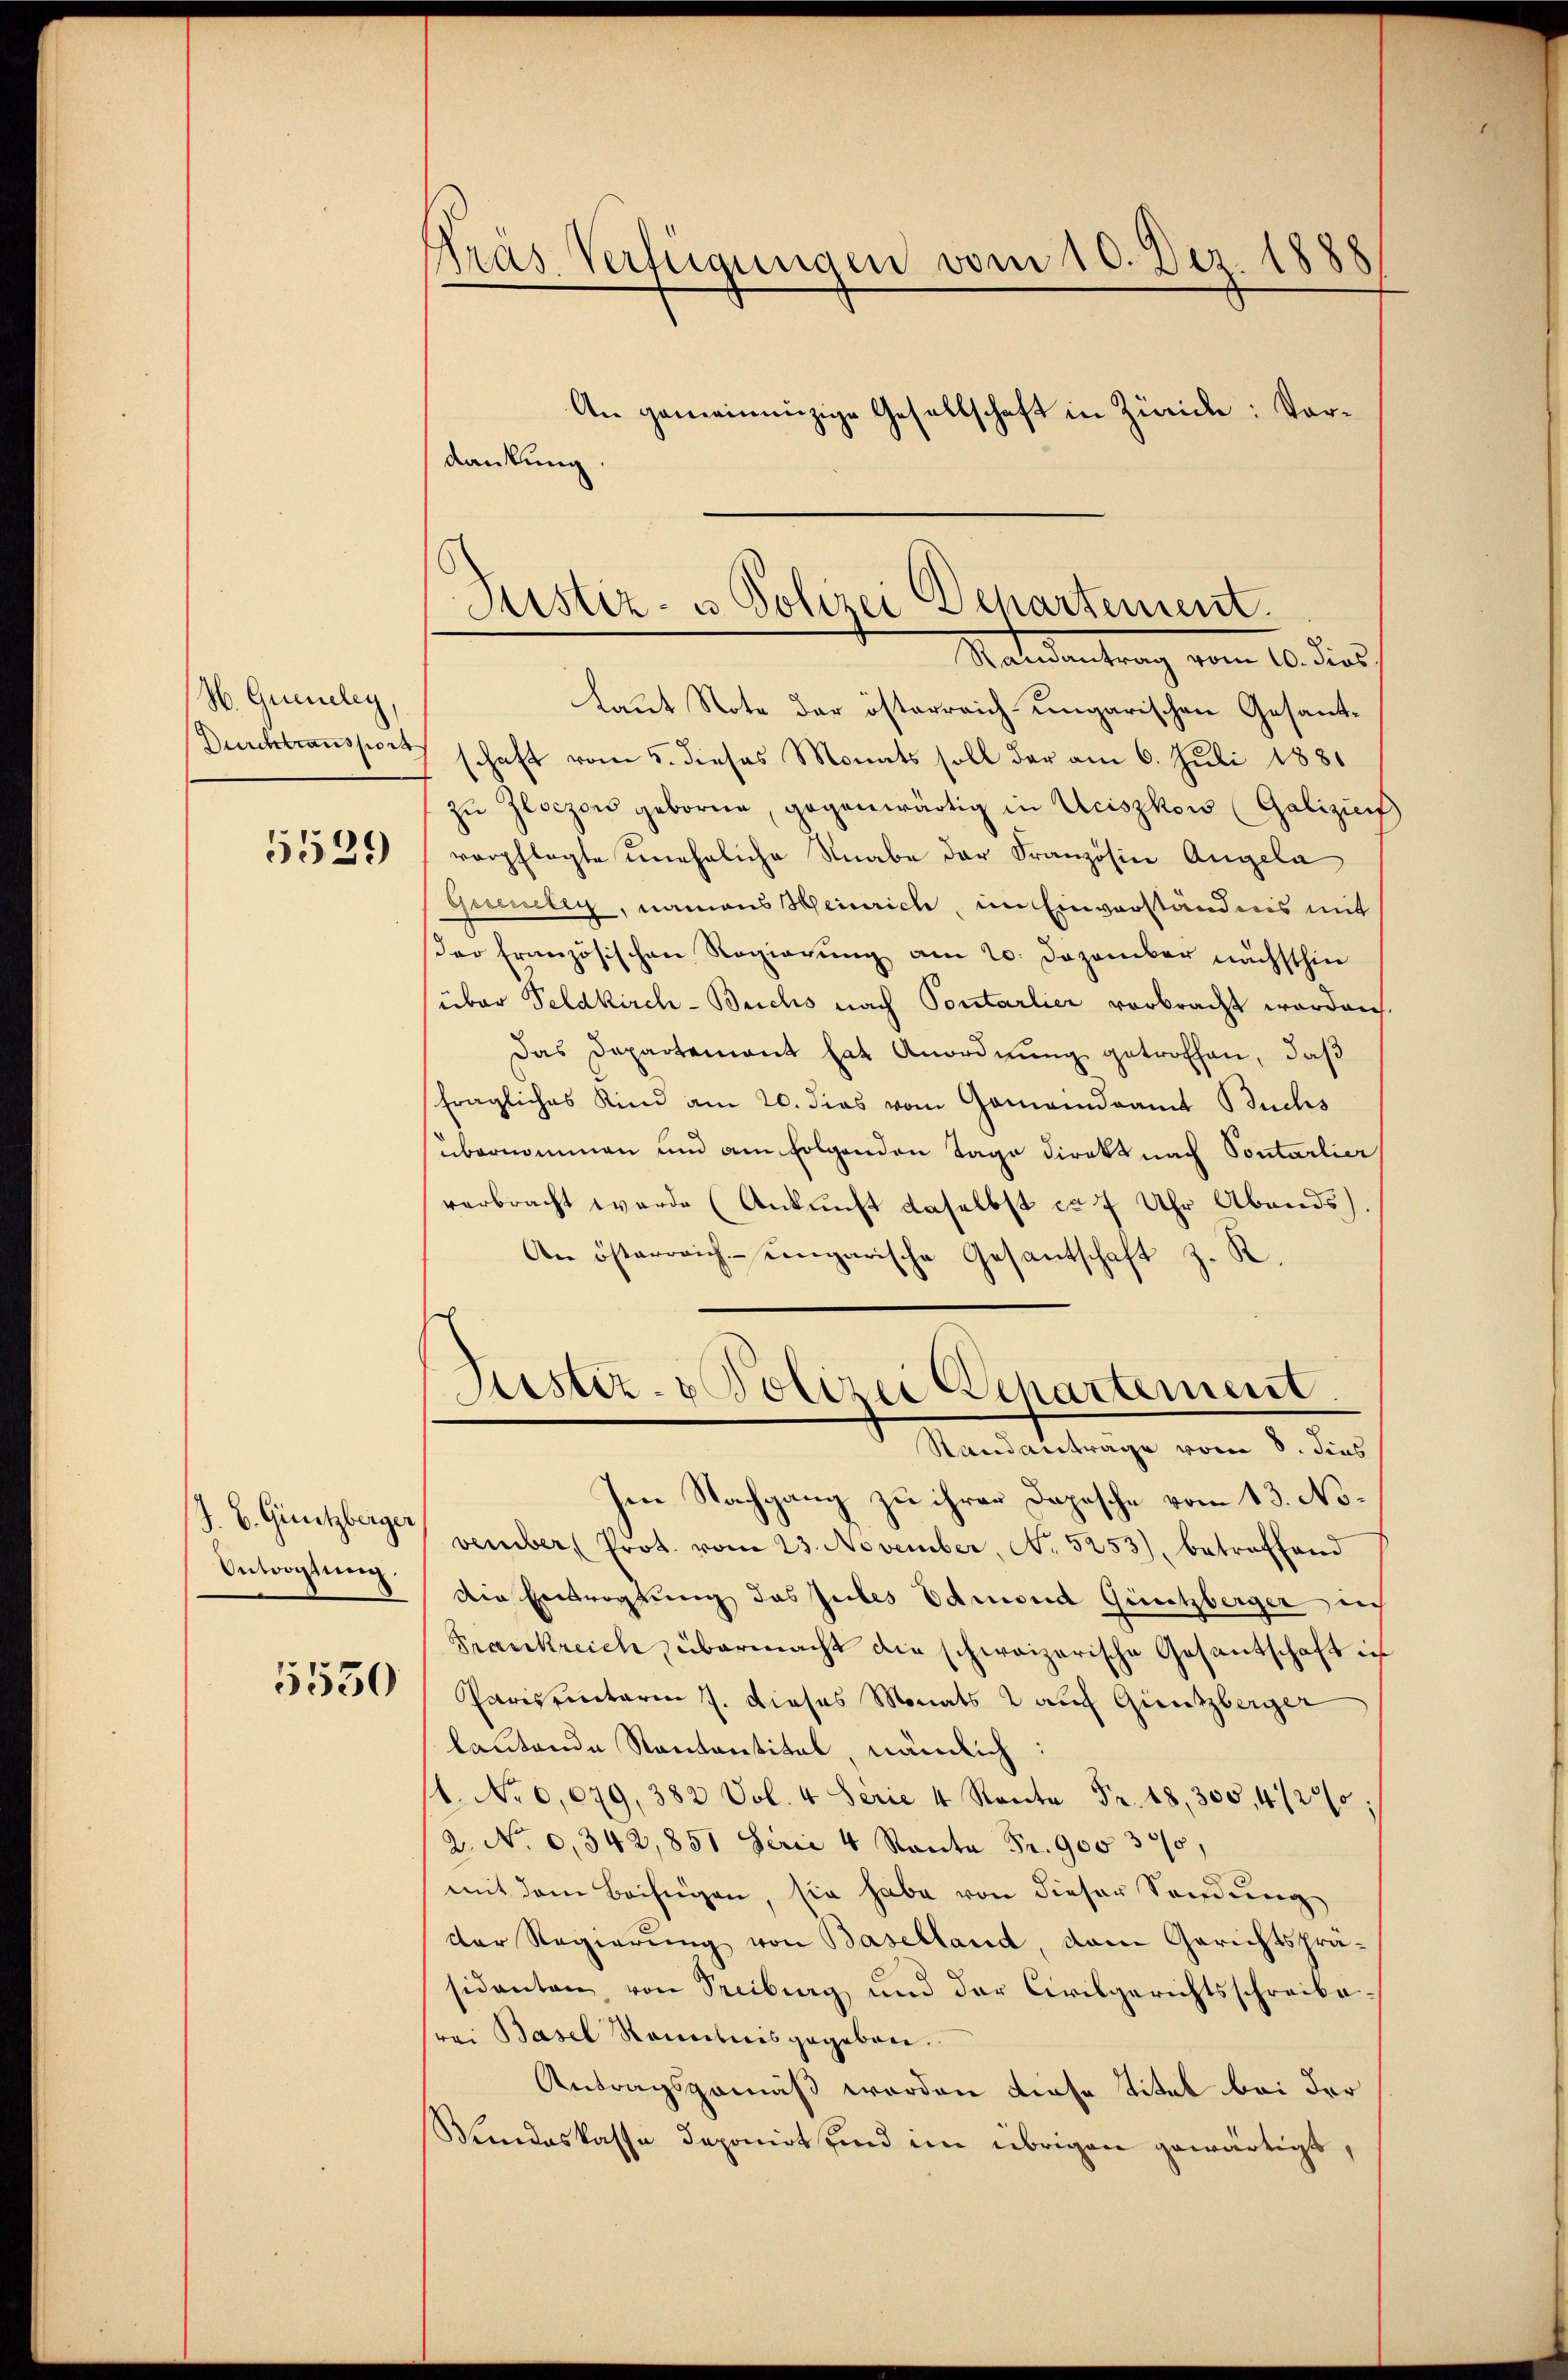
H. Gueneley,
Durchtransport
5529

J. B. Giutzberger
Antwortung.

5550

Nras Verfügungen vom 10. Dez. 1888
An gemeinanzige Gesellschaft in Zürich: Vordankung.

Laut Note der österreich-ungarischen Gesandschaft vom 5. dieses Monats soll der am 6. Juli 1881
zŭ Zloczow geborne, gegenwärtig in Uciszkow (Galiziens
verpflegte uneheliche Knabe der Französin Angela
Grecelig, namens Heinrich, im Einverständnis mit
der französischen Regierung am 20. Dezember nächsthin
über Feldkirch-Brichs nach Pontarlier vorbracht worden.
Das Departement hat Anordnung getroffen, daß
fragliches Kind am 20. dies vom Gomaindramt Buchs
übernommen und am folgenden Tage direkt nach Sontarlier
verbracht werde (Ankunft daselbst ca 7 Uhr Abends
An österreich-ungarische Gesantschaft z. R.
Justiz- & Polizei Departement
Standantrage vom 8. dies
Im Nachgang zu ihrer Depesche vom 13. No.
vember, Prot. vom 23. November, No 5253), betreffend
din Entrogtung das Jules Edmond Güntzberger nich
Frankreich übermacht die schweizerische Gesantschaft in
Parissentaria J. dieses Monats 2 auf Güntzberger
lautende Kantantital, nämlich:
1. No 6,079, 382 Vol. 4 Serie 4 Ranta Fr. 18, 300, 412:
2. No 0,342,851 Serie 4 Ranta Fr. 900 300,
mit dem Beifügen, sie habe von dieser Sendung
der Regierung von Baselland, dem Gerichtspräsidanten, von Treiburg und der Civilgerichtsschreibefrei Basel Sonntnis gegeben.
Antragsgemäß werden diese Titel bei der
Mindeskasse deponirt sind ein übrigen gewärtigt,

Justiz- u Polizei Departement.
Maldentrag vom 10. dies